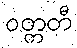
ဝတ္တတီ